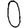
Digit: 0